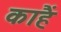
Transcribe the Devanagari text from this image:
काहैं